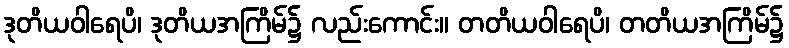
ဒုတိယဝါရေပိ၊ ဒုတိယအကြိမ်၌ လည်းကောင်း။ တတိယဝါရေပိ၊ တတိယအကြိမ်၌